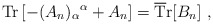
\begin{align*}{\rm Tr}\left[ - (A_n)_\alpha{}^\alpha + A_n\right]= {\rm \overline Tr} [B_n]\ ,\end{align*}